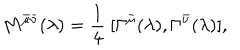
LaTeX: M ^ { \bar { \mu } \bar { \nu } } ( \lambda ) = \frac { 1 } { 4 } ~ [ \Gamma ^ { \bar { \mu } } ( \lambda ) , \Gamma ^ { \bar { \nu } } ( \lambda ) ] ,